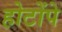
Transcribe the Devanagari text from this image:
होटोंपे